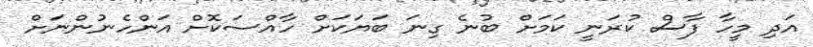
އަދި މީހާ ފާސް ކުރަނީ ކަމަށް ބުނެ ގިނަ ބަޔަކަށް ހާއްސަކޮށް އަންހެނުންނަށް